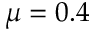
\mu = 0 . 4